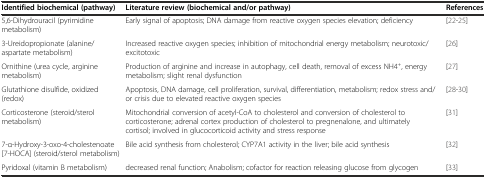
<table><thead><tr><td><b>Identified biochemical (pathway)</b></td><td><b>Literature review (biochemical and/or pathway)</b></td><td><b>References</b></td></tr></thead><tbody><tr><td>5,6-Dihydrouracil (pyrimidine metabolism)</td><td>Early signal of apoptosis; DNA damage from reactive oxygen species elevation; deficiency</td><td>[22-25]</td></tr><tr><td>3-Ureidopropionate (alanine/aspartate metabolism)</td><td>Increased reactive oxygen species; inhibition of mitochondrial energy metabolism; neurotoxic/excitotoxic</td><td>[26]</td></tr><tr><td>Ornithine (urea cycle, arginine metabolism)</td><td>Production of arginine and increase in autophagy, cell death, removal of excess NH4<sup>+</sup>, energy metabolism; slight renal dysfunction</td><td>[27]</td></tr><tr><td>Glutathione disulfide, oxidized (redox)</td><td>Apoptosis, DNA damage, cell proliferation, survival, differentiation, metabolism; redox stress and/or crisis due to elevated reactive oxygen species</td><td>[28-30]</td></tr><tr><td>Corticosterone (steroid/sterol metabolism)</td><td>Mitochondrial conversion of acetyl-CoA to cholesterol and conversion of cholesterol to corticosterone; adrenal cortex production of cholesterol to pregnenalone, and ultimately cortisol; involved in glucocorticoid activity and stress response</td><td>[31]</td></tr><tr><td>7-α-Hydroxy-3-oxo-4-cholestenoate [7-HOCA] (steroid/sterol metabolism)</td><td>Bile acid synthesis from cholesterol; CYP7A1 activity in the liver; bile acid synthesis</td><td>[32]</td></tr><tr><td>Pyridoxal (vitamin B metabolism)</td><td>decreased renal function; Anabolism; cofactor for reaction releasing glucose from glycogen</td><td>[33]</td></tr></tbody></table>